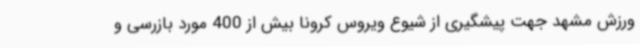
ورزش مشهد جهت پیشگیری از شیوع ویروس کرونا بیش از 400 مورد بازرسی و